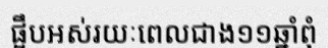
ផ្អឹបអស់រយៈពេលជាង១១ឆ្នាំពុំ